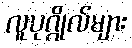
လူပုဂ္ဂိုလ်များ